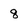
Character: 8